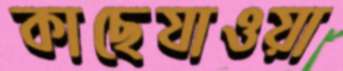
কাছেযাওয়া